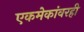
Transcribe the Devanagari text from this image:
एकमेकांवरही